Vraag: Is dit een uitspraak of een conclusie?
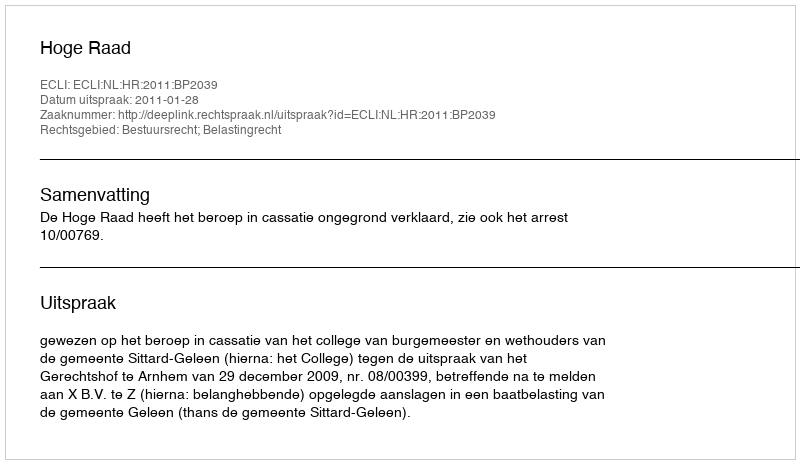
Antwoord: Uitspraak